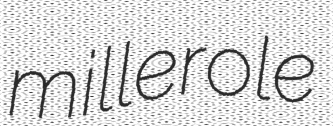
millerole